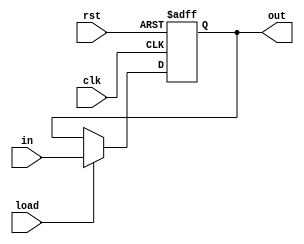
`timescale 1ns / 1ps
//////////////////////////////////////////////////////////////////////////////////
// Company: 
// Engineer: 
// 
// Design Name: 
// Module Name: n_bit_register
// Project Name: 
// Target Devices: 
// Tool Versions: 
// Description: 
// 
// Dependencies: 
// 
// Revision:
// Revision 0.01 - File Created
// Additional Comments:
// 
//////////////////////////////////////////////////////////////////////////////////

// (input clk, input rst, input D, output reg Q);
module Register#(parameter n=8)(
    input clk, 
    input rst,
    input load, 
    input[n-1:0] in, 
    output reg[n-1:0] out

    );

    always@ (posedge clk, posedge rst)
        begin
            if(rst)
                out = 0;
            else
                if(load)
                    out = in;
                else
                    out = out;
        end
    
endmodule